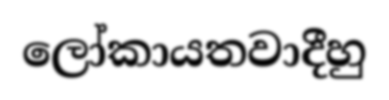
ලෝකායතවාදීහු